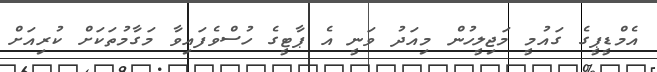
އެމްޑީޕީގެ ގައުމީ މަޖިލީހުން މިއަދު ވަނީ އެ ޕާޓީގެ ހުސްވެފައިވާ މަގާމުތަކަށް ކުރިއަށް